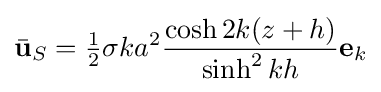
{\bar {\mathbf {u} }}_{S}={\tfrac {1}{2}}\sigma ka^{2}{\frac {\cosh 2k(z+h)}{\sinh ^{2}kh}}\mathbf {e} _{k}